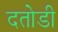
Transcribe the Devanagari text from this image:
दतोडी